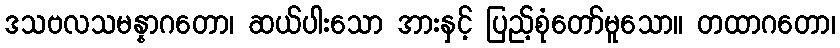
ဒသဗလသမန္နာဂတော၊ ဆယ်ပါးသော အားနှင့် ပြည့်စုံတော်မူသော။ တထာဂတော၊